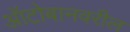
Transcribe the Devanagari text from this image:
ऑटोबानवरील